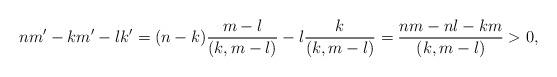
LaTeX: \begin{align*}nm'-km'-lk' = (n-k)\frac{m-l}{(k,m-l)}-l\frac{k}{(k,m-l)} = \frac{nm-nl-km}{(k,m-l)} > 0,\end{align*}